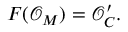
F ( { \mathcal { O } } _ { M } ) = { \mathcal { O } } _ { C } ^ { \prime } .